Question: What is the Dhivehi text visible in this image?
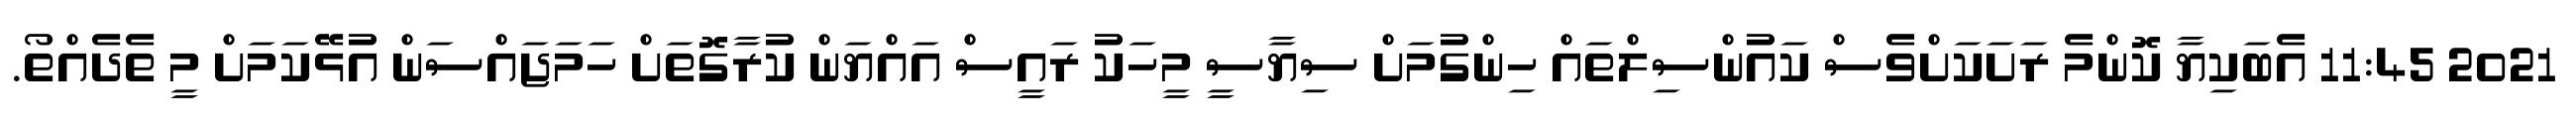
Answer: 2021 11:45 އެބަކިޔާ ކޮންމެ ރަށަކަށްވެސް ކައުންސިލްތައް ހިންގުމަށް ސިޔާސީ މީހަކު ރައީސް އައްޔަން ކުރާގޮތަށް ހަމަޖައްސަން އުޅޭކަމަށް މީ ތެދެއްތޯ.